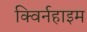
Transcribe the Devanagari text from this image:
क्विर्नहाइम